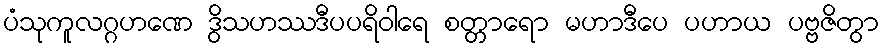
ပံသုကူလဂ္ဂဟဏေ ဒွိသဟဿဒီပပရိဝါရေ စတ္တာရော မဟာဒီပေ ပဟာယ ပဗ္ဗဇိတွာ